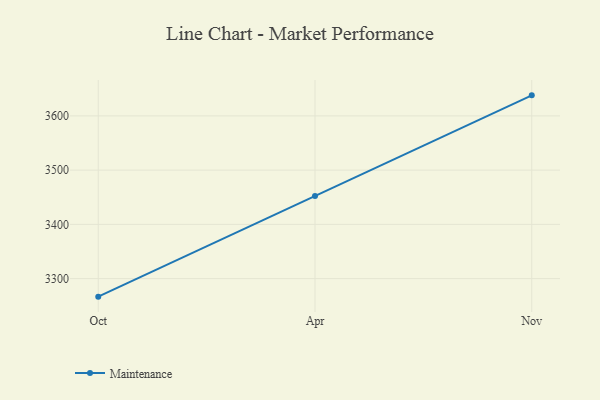
{"axis": {"x": "Month", "y": "Conversion Rate (%)"}, "legend": ["Maintenance"], "data": [{"x": "Oct", "y": 3266.7, "type": "Maintenance"}, {"x": "Apr", "y": 3452.2, "type": "Maintenance"}, {"x": "Nov", "y": 3637.9, "type": "Maintenance"}]}